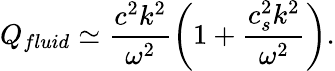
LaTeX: Q_{fluid}\simeq\frac{c^{2}k^{2}}{\omega^{2}}\left(1+\frac{c_{s}^{2}k^{2}}{\omega^{2}}\right).